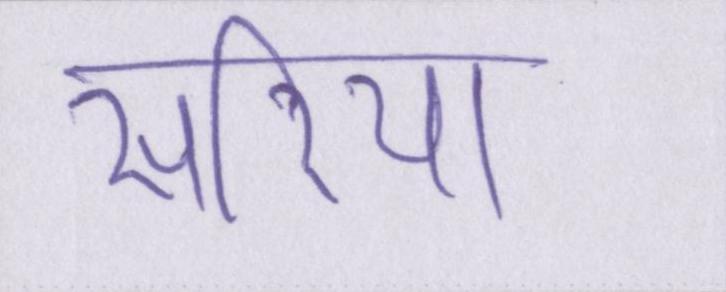
सरिया